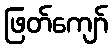
ဖြတ်ကျော်